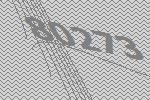
80273